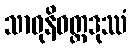
သာဓုနိဝတ္ထဒုဿံ